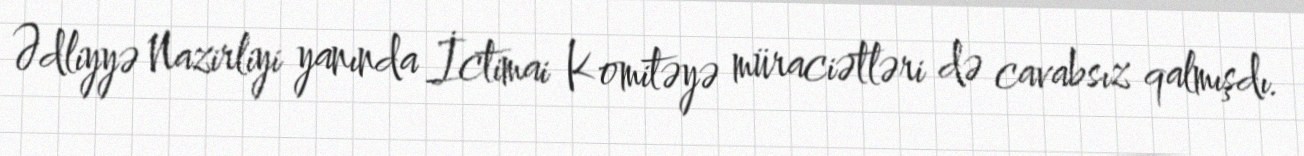
Ədliyyə Nazirliyi yanında İctimai Komitəyə müraciətləri də cavabsız qalmışdı.